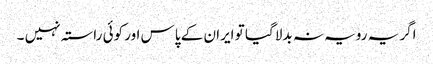
اگر یہ رویہ نہ بدلا گیا تو ایران کے پاس اور کوئی راستہ نہیں ۔